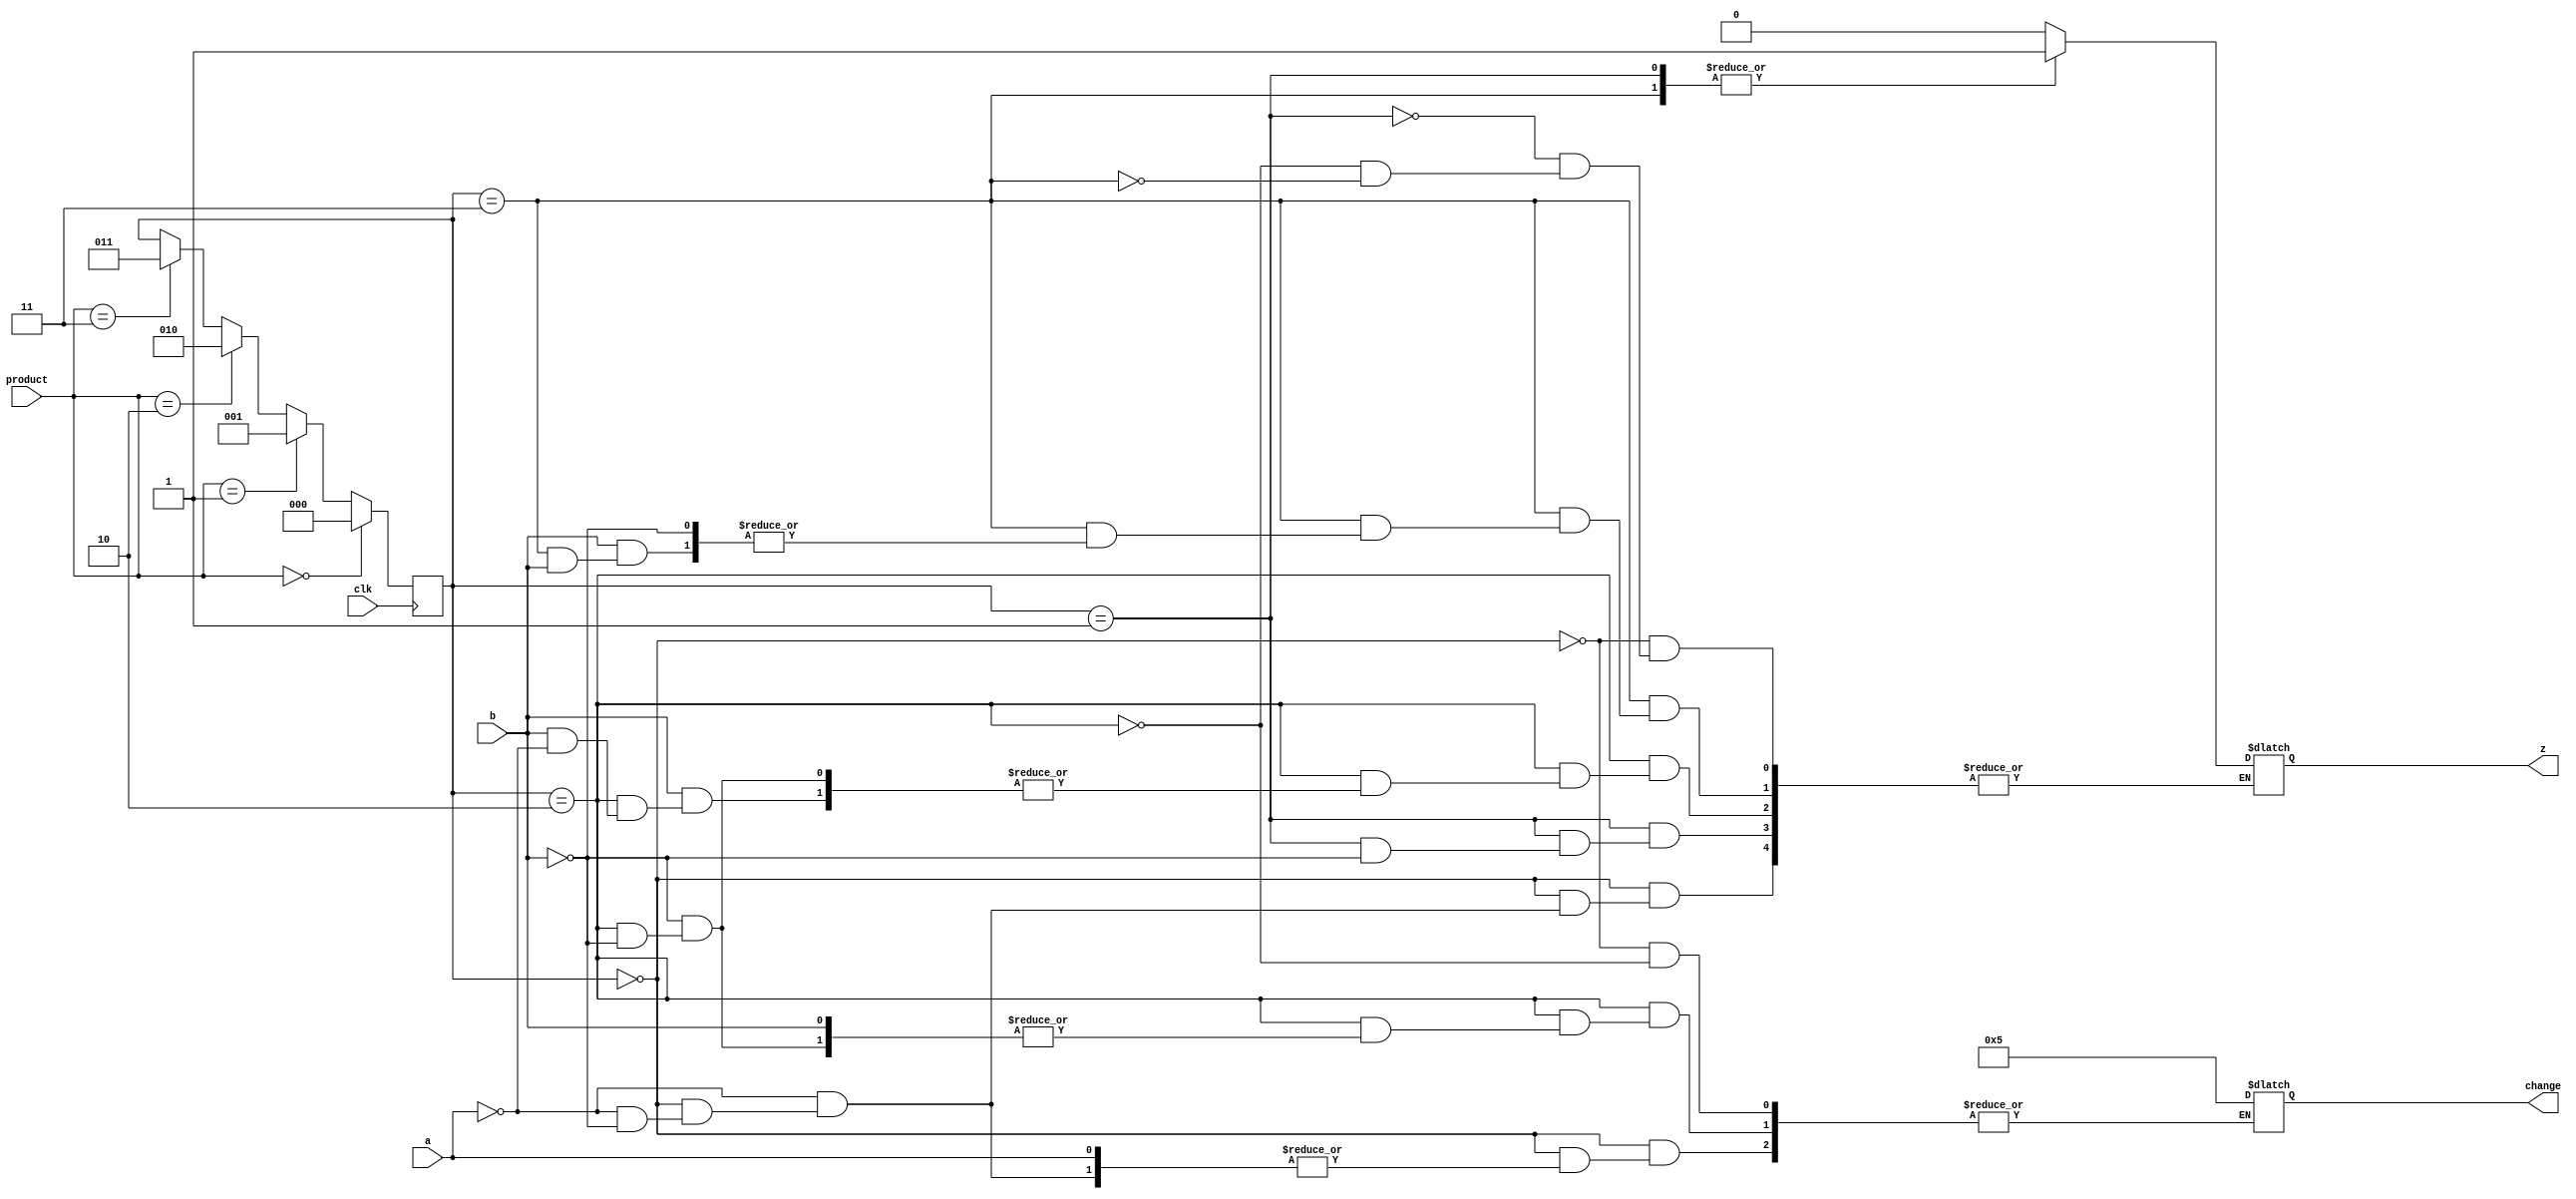
module vending_machine(a,b,clk,product,change,z);
input a; //no. of 5 rupee coins
input b; //no. of 10 rupee coins
//input x=4'b0101;
//input y=4'b1010;
input clk;
input [1:0]product;

output reg [3:0]change;
output reg z; //if z==1 the product is given z==0 the product is not given;

parameter A=2'b00 ,B=2'b01 ,C=2'b10 ,D=2'b11;
reg [2:0]state, next_state;

always @(posedge clk)
begin
if(product==2'b00)
state <= A;

else if(product==2'b01)
state <= B;

else if(product==2'b10)
state <= C;

else if(product==2'b11)
state <= D;



end

always @(*)
begin
case(state)
A : begin 
	if(a==1)
	begin
	z=2'b00;
	//next_state <= B;
	end
	
	else if(b==1)
	begin
	change = 4'b0101;
	z=2'b00;
	//next_state <=B;
	end

	
    end

B : begin 
	if(a==2)
	begin
	z=2'b01;
	//next_state <=C;
	end
	
	else if(b==1)
	begin
	z=2'b01;
	//next_state <= C;
	end

	
    end

C : begin 
	if(a==3)
	begin
	z=2'b10;
	//next_state <= D;
	end
	
	else if(b==1)
	begin
	
	if(a==1)
	begin
	z=2'b10;
	//next_state <= D;
	end
	end

	else if(b==2)
	
	begin
	change = 4'b0101;
	z=2'b10;
	//next_state <= D;
	end
	

	
    end

D : begin 
	if(a==4)
	begin
	z=2'b11;
	//next_state <=A ;
	end
	
	else if(b==2)
	
	begin
	z=2'b11;
	//next_state <= A;
	end
	

	else if(b==1)
	begin
	
	if(a==2)
	begin
	
	z=2'b11;
	//next_state <= A;
	end
	end
	

	
    end

default:next_state<= A;

endcase
end 
endmodule